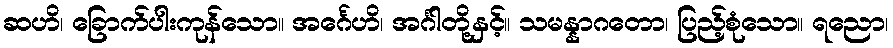
ဆဟိ၊ ခြောက်ပါးကုန်သော။ အင်္ဂေဟိ၊ အင်္ဂါတို့နှင့်။ သမန္နာဂတော၊ ပြည့်စုံသော။ ရညော၊